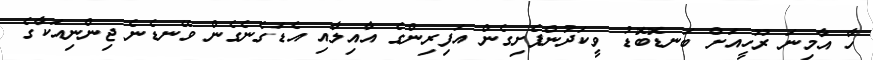
ހާ އާމިނަ ރޫހީއަށް ބަނޑޮބޮޑު ވީކަދުންފެށިގެން އަފިރިންގެ އާއިލާއި އެޑަގެނެގެން ވޭނޑެނެ ޖިންނިއަކާގެ